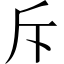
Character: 斥